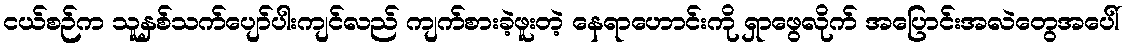
ငယ်စဉ်က သူနှစ်သက်ပျော်ပါးကျင်လည် ကျက်စားခဲ့ဖူးတဲ့ နေရာဟောင်းကို ရှာဖွေလိုက် အပြောင်းအလဲတွေအပေါ်